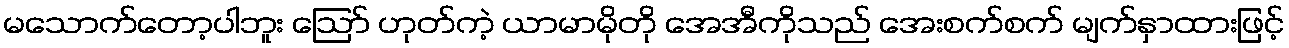
မသောက်တော့ပါဘူး ဪ ဟုတ်ကဲ့ ယာမာမိုတို အေအီကိုသည် အေးစက်စက် မျက်နှာထားဖြင့်